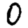
Digit: 0